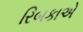
રિબકાએ